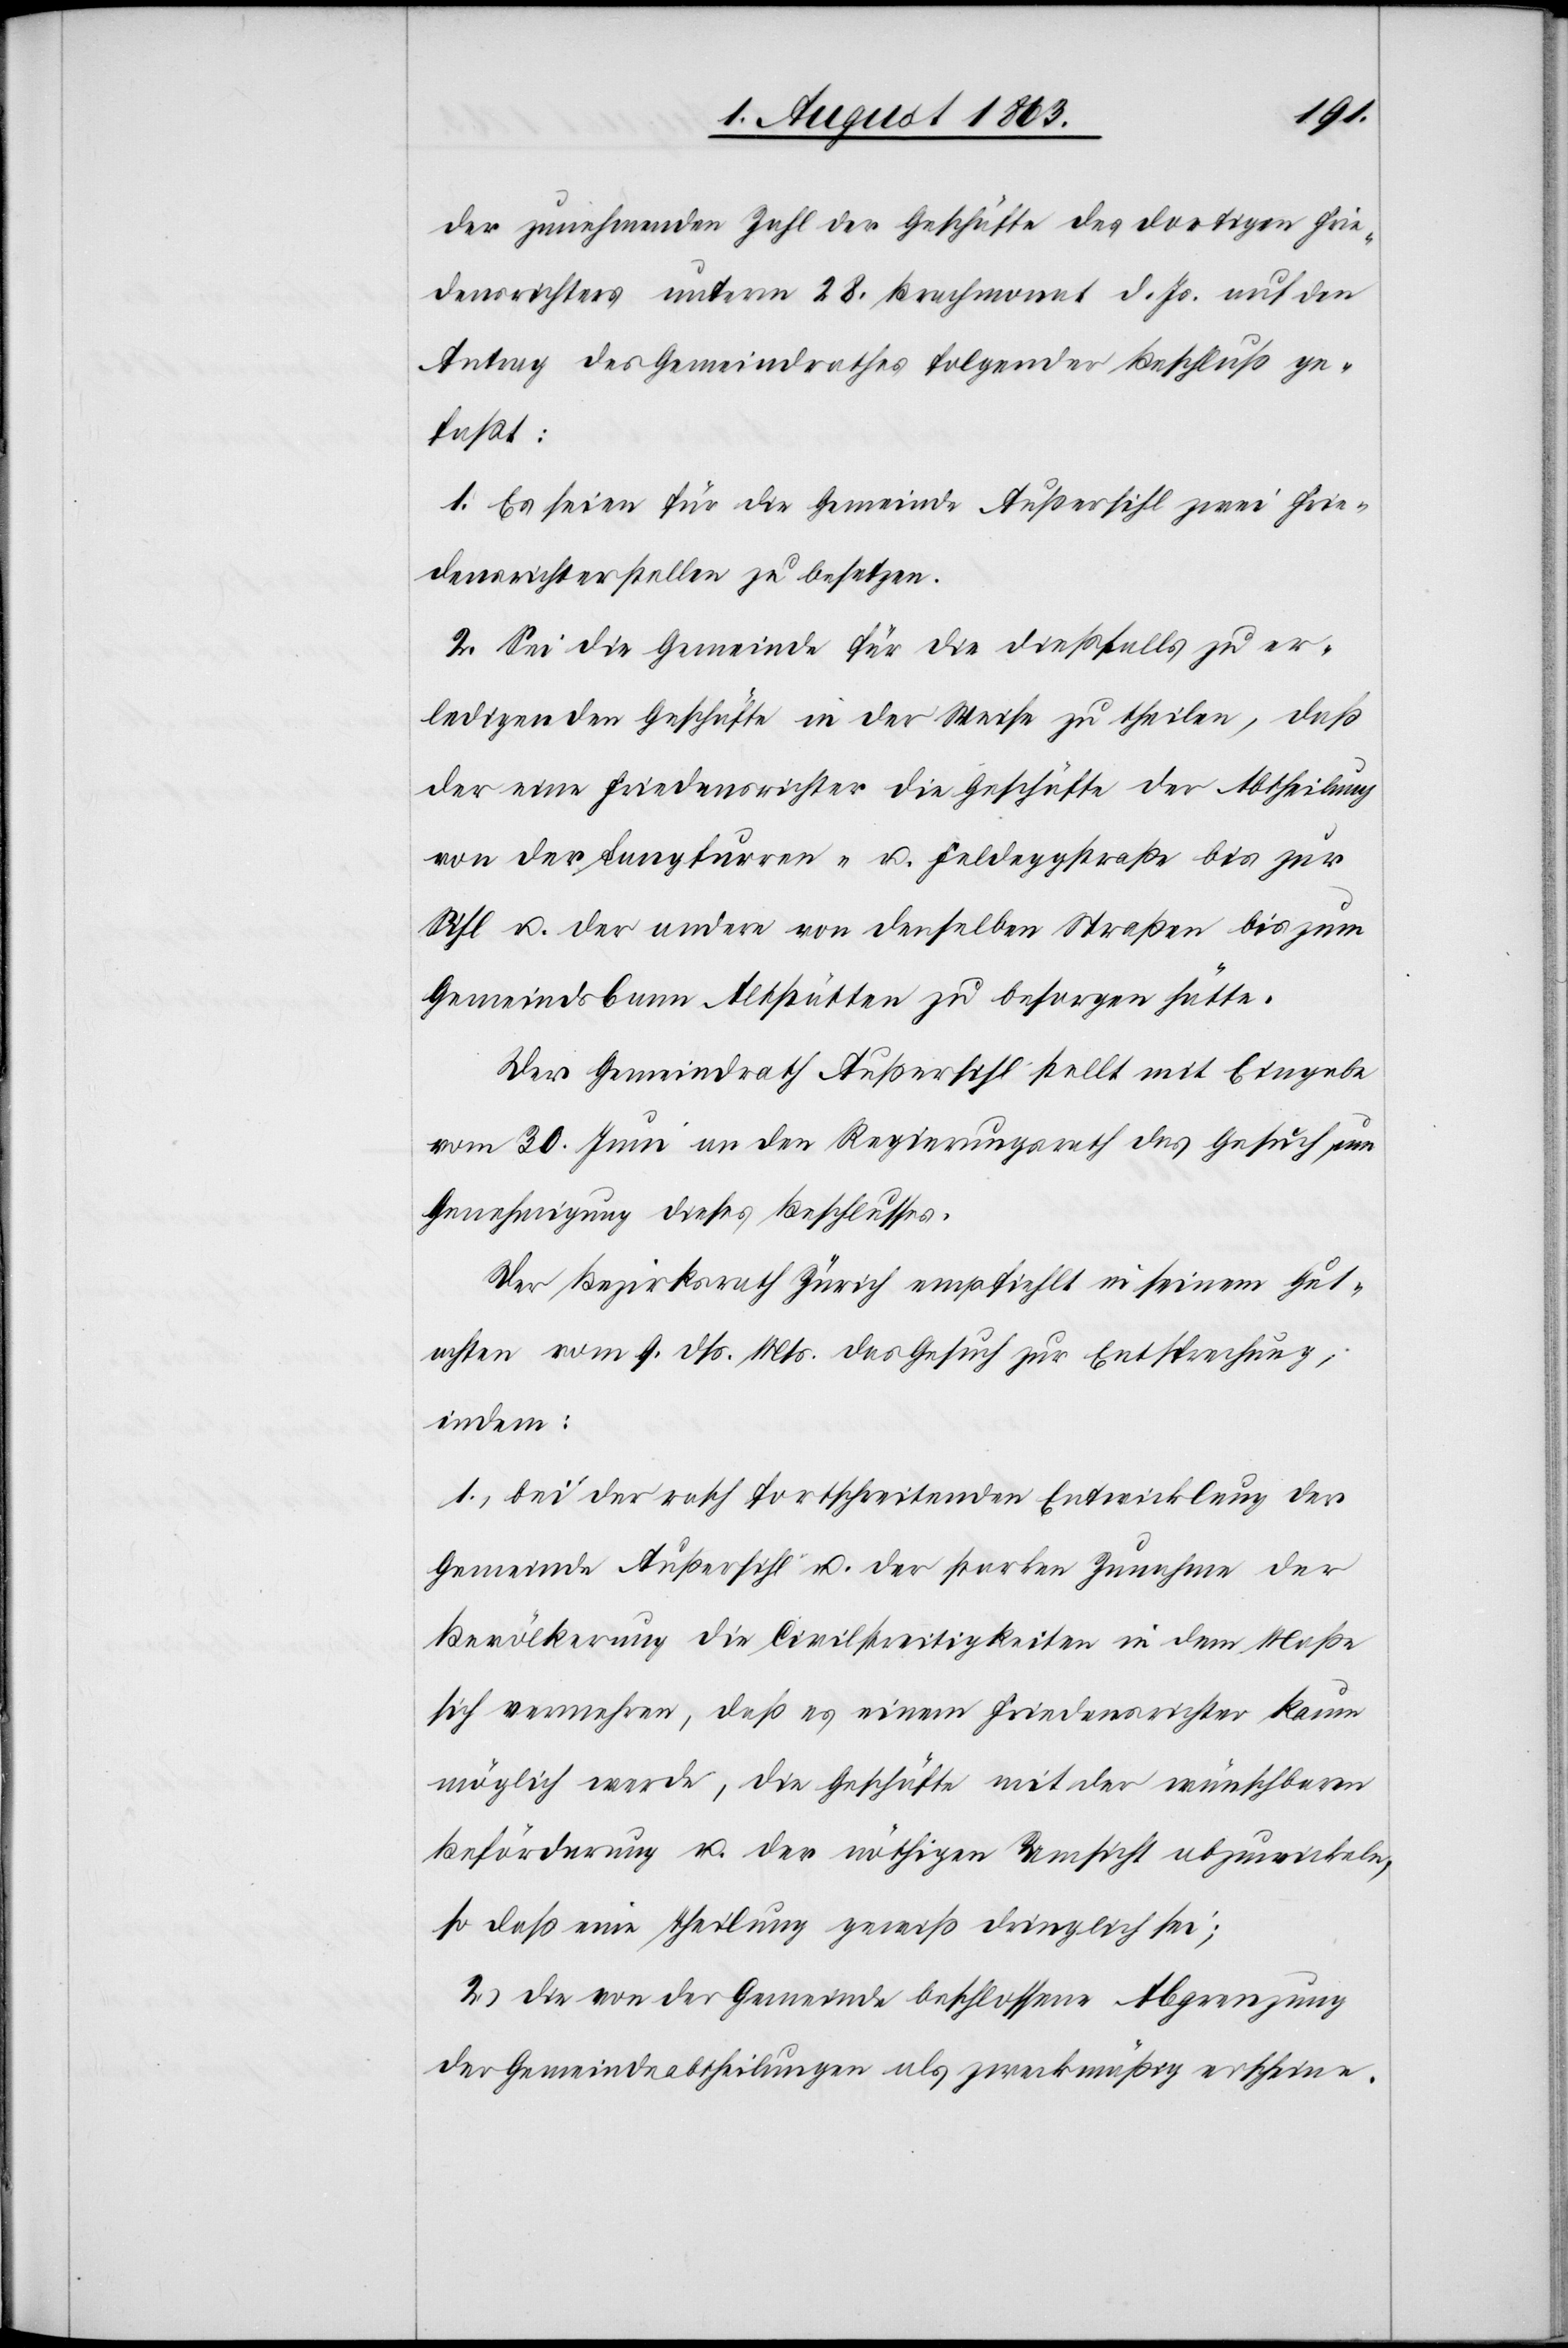
der zunehmenden Zahl der Geschäfte des dortigen Frie¬
densrichters unterm 28. Brachmonat d. Js. auf den
Antrag des Gemeindrathes folgender Beschluß ge¬
faßt:
1. Es seien für die Gemeinde Außersihl zwei Frie¬
densrichterstellen zu besetzen.
2. Sei die Gemeinde für die dießfalls zu er¬
ledigenden Geschäfte in der Weise zu theilen, daß
der eine Friedensrichter die Geschäfte der Abtheilung
von der Langfurren- u. Feldeggstraße bis zur
Sihl u. der andere von denselben Straßen bis zum
Gemeindsbann Altstätten zu besorgen hätte.
Der Gemeindrath Außersihl stellt mit Eingabe
vom 30. Juni an den Regierungsrath das Gesuch um
Genehmigung dieses Beschlusses.
Der Bezirksrath Zürich empfiehlt in seinem Gut¬
achten vom 9. dß. Mts. das Gesuch zur Entsprechung,
indem:
1.) bei der rasch fortschreitenden Entwicklung der
Gemeinde Außersihl u. der starken Zunahme der
Bevölkerung die Civilstreitigkeiten in dem Maße
sich vermehren, daß es einem Friedensrichter kaum
möglich werde, die Geschäfte mit der wünschbaren
Beförderung u. der nöthigen Umsicht abzuwickeln,
so daß eine Theilung gewiß dringlich sei;
2.) die von der Gemeinde beschlossene Abgrenzung
der Gemeindeabtheilungen als zweckmäßig erscheine.